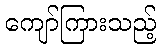
ကျော်ကြားသည့်